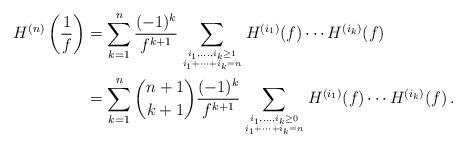
LaTeX: \begin{align*} H^{(n)}\left(\frac{1}{f}\right)&=\sum_{k=1}^n\frac{(-1)^k}{f^{k+1}}\sum_{i_1,\dots,i_k\ge 1\atop i_1+\cdots+i_k=n}H^{(i_1)}(f)\cdots H^{(i_k)}(f)\\ &=\sum_{k=1}^n\binom{n+1}{k+1}\frac{(-1)^k}{f^{k+1}}\sum_{i_1,\dots,i_k\ge 0\atop i_1+\cdots+i_k=n}H^{(i_1)}(f)\cdots H^{(i_k)}(f)\,. \end{align*}